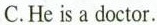
C.He is a doctor.